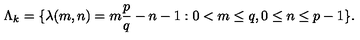
\Lambda _ { k } = \{ \lambda ( m , n ) = m \frac { p } { q } - n - 1 : 0 < m \leq q , 0 \leq n \leq p - 1 \} .